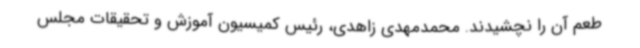
طعم آن را نچشیدند. محمدمهدی زاهدی، رئیس کمیسیون آموزش و تحقیقات مجلس